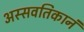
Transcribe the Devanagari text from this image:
अस्सवतिकानं